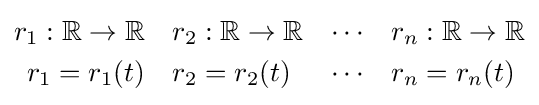
{\begin{aligned}r_{1}:\mathbb {R} \rightarrow \mathbb {R} &\quad r_{2}:\mathbb {R} \rightarrow \mathbb {R} &\cdots &\quad r_{n}:\mathbb {R} \rightarrow \mathbb {R} \\r_{1}=r_{1}(t)&\quad r_{2}=r_{2}(t)&\cdots &\quad r_{n}=r_{n}(t)\\\end{aligned}}